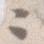
々